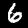
Label: 6